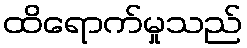
ထိရောက်မှုသည်